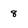
Character: 8